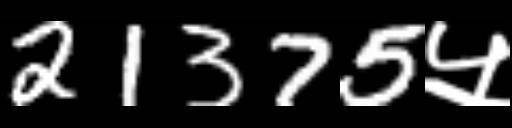
Text: 21375५